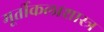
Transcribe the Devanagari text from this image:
मूर्तीकलाशास्त्र